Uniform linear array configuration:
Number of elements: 4
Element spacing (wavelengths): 0.25
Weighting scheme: uniform
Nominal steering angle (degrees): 0
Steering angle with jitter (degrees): -1.707
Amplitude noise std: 0.05
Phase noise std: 0.05

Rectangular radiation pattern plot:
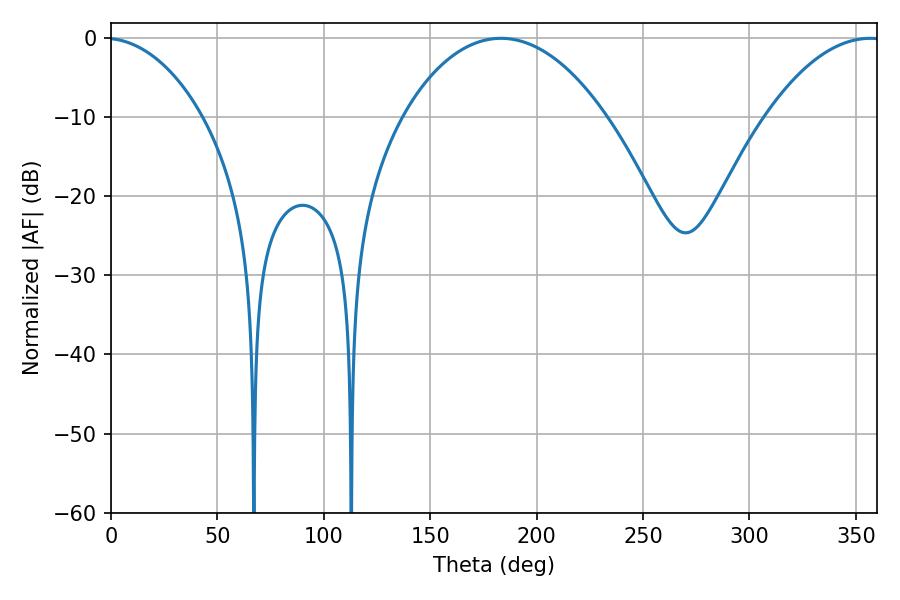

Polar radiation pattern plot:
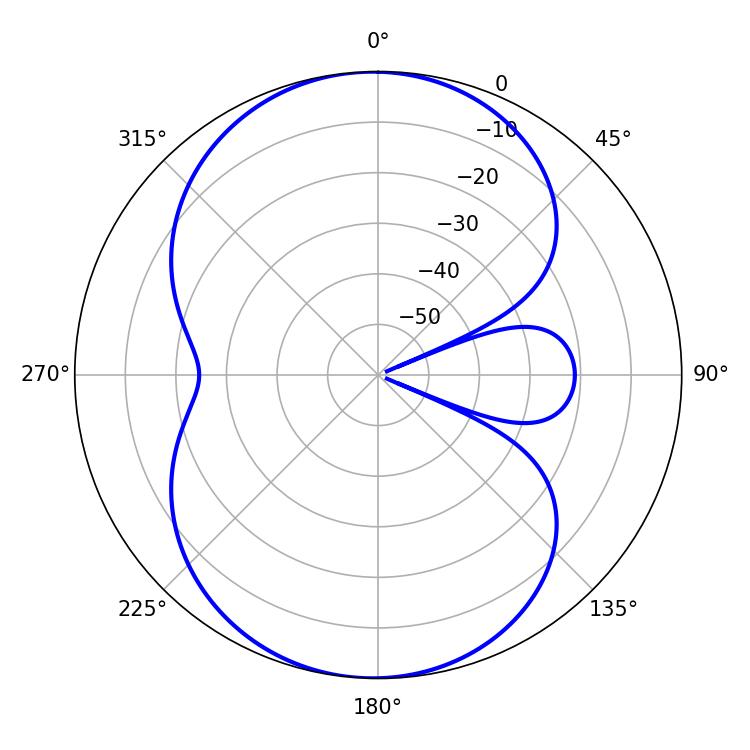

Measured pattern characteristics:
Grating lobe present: FALSE
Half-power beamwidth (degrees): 53.46
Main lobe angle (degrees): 183.24